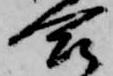
合